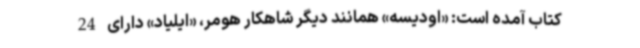
کتاب آمده است: «اودیسه» همانند دیگر شاهکار هومر، «ایلیاد» دارای 24